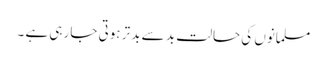
مسلمانوں کی حالت بد سے بد تر ہوتی جا رہی ہے ۔